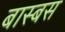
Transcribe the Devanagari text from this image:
बास्बस